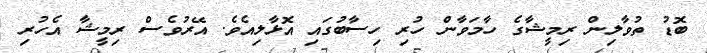
ބޮޑު ތުވާލިން ރިމީޝާގެ ހާމަވާން ހުރި ހިސާބުގައި އޮޅާލިއެވެ. އޭރުވެސް ރިމީޝާ އެހުރި